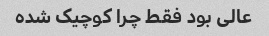
عالی بود فقط چرا کوچیک شده